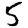
Digit: 5